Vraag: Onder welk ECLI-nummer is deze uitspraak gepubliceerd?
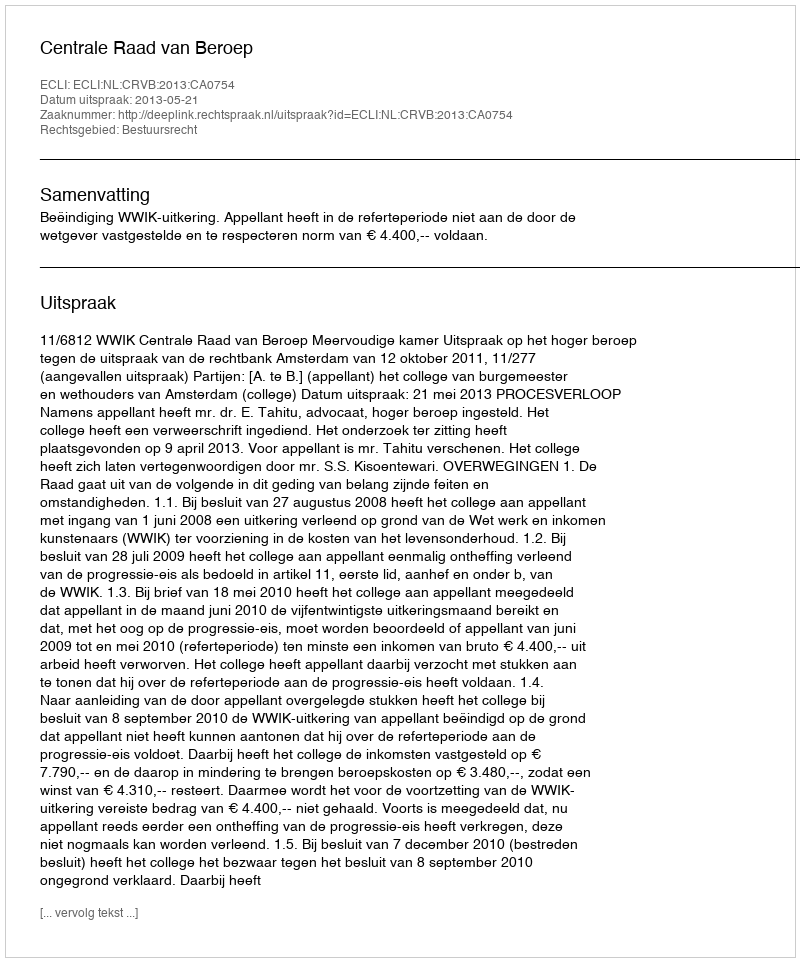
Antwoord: ECLI:NL:CRVB:2013:CA0754